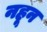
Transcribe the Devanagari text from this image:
नहून